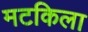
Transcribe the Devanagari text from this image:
मटकिला